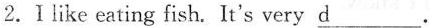
2.Ⅰlike eating fish. It's very \underline{d}.